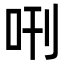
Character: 𠰙